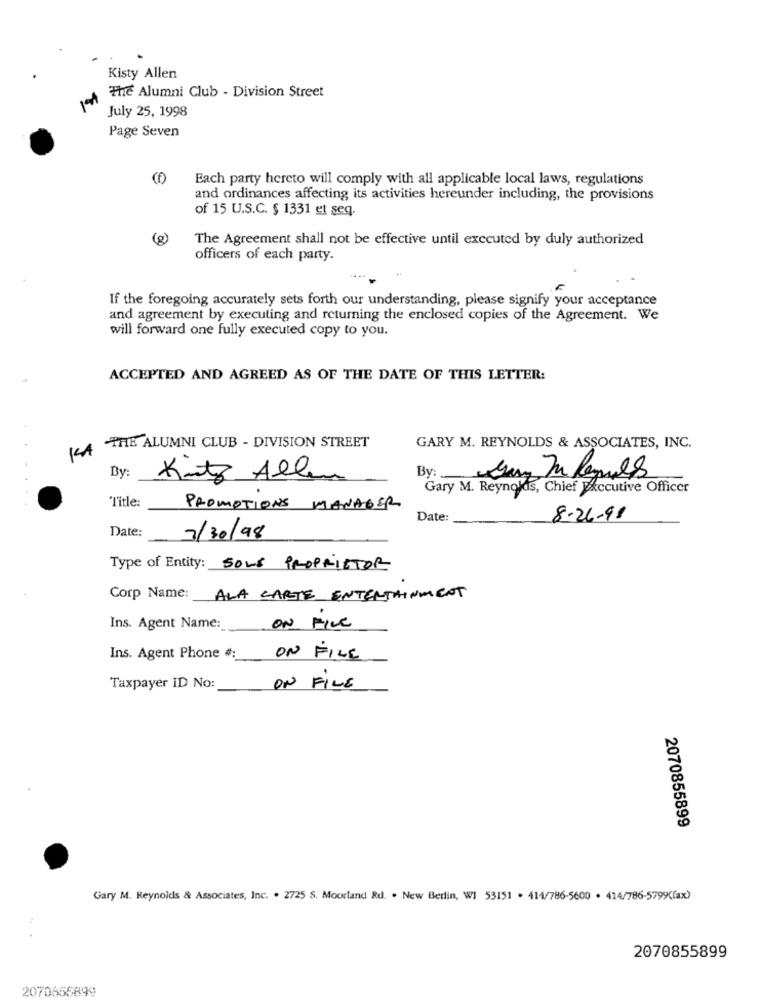
Kisty Allen
The Alumni Club - Division Street
July 25, 1998
Page Seven
CD)
Each party hereto will comply with all applicable local laws, regulations
and ordinances affecting its activities hereunder including, the provisions
of 15 U.S.C. § 1331 et seq.
(8)
The Agreement shall not be effective until executed by duly authorized
officers of each party.
If the foregoing accurately sets forth our understanding, please signify your acceptance
and agreement by executing and returning the enclosed copies of the Agreement. We
will forward one fully executed copy to you.
ACCEPTED AND AGREED AS OF THE DATE OF THIS LETTER:
THE ALUMNI CLUB - DIVISION STREET
GARY M. REYNOLDS & ASSOCIATES, INC.
By:
Kits Alle
By:
Gary M. Reynolds, Chief Executive Officer
"Title:
PROMOTIONS MANAGER
Date:
8-26-98
Date:
7/30/98
Type of Entity: SOLE PROPRIETOR
Corp Name: ALA CARTE ENTERTAINMENT
Ins. Agent Name:
ON FILE
Ins. Agent Phone #:
ON FILE
Taxpayer ID No:
ON FILE
2070855899
Gary M. Reynolds & Associates, Inc. . 2725 S. Moorland Rd. . New Berlin, WI 53151 . 414/786-5600 . 414/786-5799(ax)
2070855899
2070665899